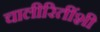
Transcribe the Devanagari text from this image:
चालीरितींशी